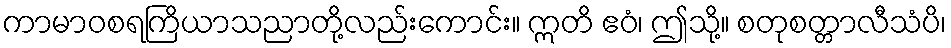
ကာမာဝစရကြိယာသညာတို့လည်းကောင်း။ ဣတိ ဧဝံ၊ ဤသို့။ စတုစတ္တာလီသံပိ၊